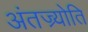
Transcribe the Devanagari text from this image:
अंतज्र्योति